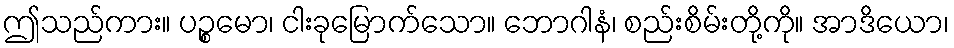
ဤသည်ကား။ ပဉ္စမော၊ ငါးခုမြောက်သော။ ဘောဂါနံ၊ စည်းစိမ်းတို့ကို။ အာဒိယော၊